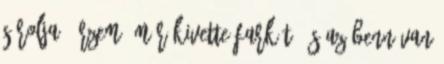
súrolja. Érzem, már kivette farkát, és az benn van